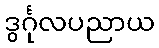
ဒွင်္ဂုလပညာယ